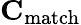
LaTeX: \mathbf{C}_{\mathrm{match}}